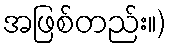
အဖြစ်တည်း။)